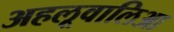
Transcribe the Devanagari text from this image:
अहलूवालिआ